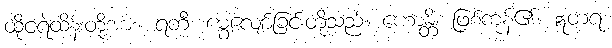
ထိုငရဲထိန်းတို့အား။ ရတီ၊ မွေ့လျော်ခြင်းတို့သည်။ ဟောန္တိ၊ ဖြစ်ကုန်၏။ ဣတရ